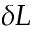
\delta L